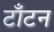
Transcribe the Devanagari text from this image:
टाँटन